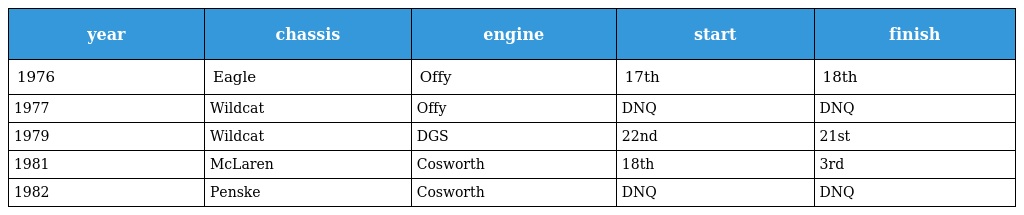
| year | chassis | engine | start | finish |
 | --- | --- | --- | --- | --- |
 | 1976 | Eagle | Offy | 17th | 18th |
 | 1977 | Wildcat | Offy | DNQ | DNQ |
 | 1979 | Wildcat | DGS | 22nd | 21st |
 | 1981 | McLaren | Cosworth | 18th | 3rd |
 | 1982 | Penske | Cosworth | DNQ | DNQ |